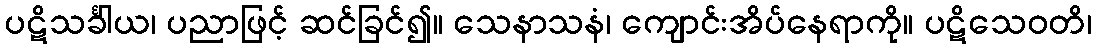
ပဋိသင်္ခါယ၊ ပညာဖြင့် ဆင်ခြင်၍။ သေနာသနံ၊ ကျောင်းအိပ်နေရာကို။ ပဋိသေဝတိ၊